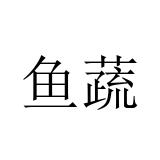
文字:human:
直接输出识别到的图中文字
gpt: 鱼蔬